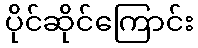
ပိုင်ဆိုင်ကြောင်း